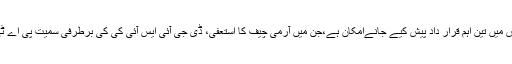
ذرائع کے مطابق پارلمنٹ کامشترکہ اجلاس کل ہورہا ہے جس میں تین اہم قرار داد پیش کیے جانےامکان ہے،جن میں آرمی چیف کا استعٖفیٰ، ڈی جی آئی ایس آئی کی کی برطرفی سمیت پی اے ٹی پر پابندی کی قرارداد بھی منظور کیے جانے کا امکان ہے۔